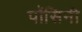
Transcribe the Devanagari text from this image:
पॉसिनी